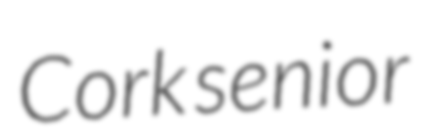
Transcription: Cork senior